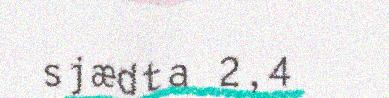
sjædta 2,4